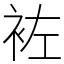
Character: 袏